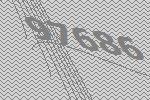
97686